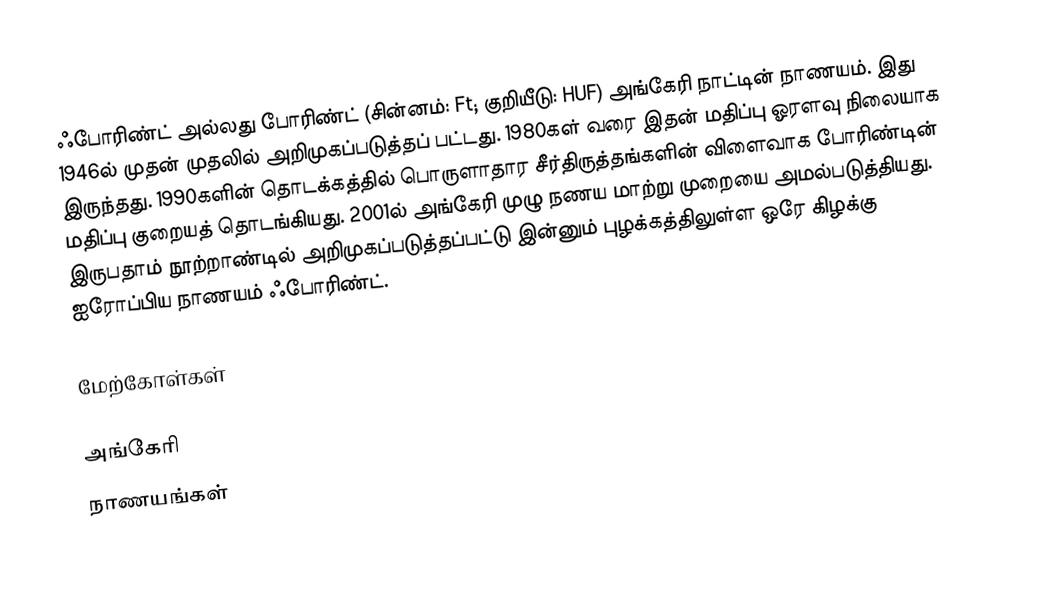
ஃபோரிண்ட் அல்லது போரிண்ட் (சின்னம்: Ft; குறியீடு: HUF) அங்கேரி நாட்டின் நாணயம். இது 1946ல் முதன் முதலில் அறிமுகப்படுத்தப் பட்டது. 1980கள் வரை இதன் மதிப்பு ஓரளவு நிலையாக இருந்தது. 1990களின் தொடக்கத்தில் பொருளாதார சீர்திருத்தங்களின் விளைவாக போரிண்டின் மதிப்பு குறையத் தொடங்கியது. 2001ல் அங்கேரி முழு நணய மாற்று முறையை அமல்படுத்தியது. இருபதாம் நூற்றாண்டில் அறிமுகப்படுத்தப்பட்டு இன்னும் புழக்கத்திலுள்ள ஒரே கிழக்கு ஐரோப்பிய நாணயம் ஃபோரிண்ட்.

மேற்கோள்கள்

அங்கேரி
நாணயங்கள்